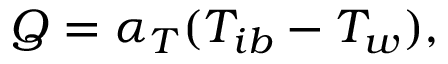
Q = \alpha _ { T } ( T _ { i b } - T _ { w } ) ,